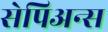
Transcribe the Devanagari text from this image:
सेपिअन्स